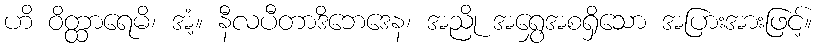
ဟိ ဝိတ္ထာရေမိ၊ အံ့။ နီလပီတာဒိဘေဒေန၊ အညို အရွှေအစရှိသော အပြားအားဖြင့်။